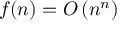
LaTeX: f ( n ) = O \left( n ^ { n } \right)